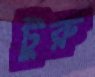
টুরু